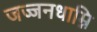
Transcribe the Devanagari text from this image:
जज्जनधाम्नि